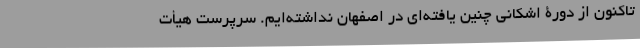
تاکنون از دورۀ اشکانی چنین یافته‌ای در اصفهان نداشته‌ایم. سرپرست هیأت